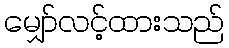
မျှော်လင့်ထားသည်